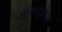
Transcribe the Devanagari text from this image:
ऐनिमॉट्रापिज्म